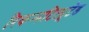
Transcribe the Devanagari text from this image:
रिकन्सटिट्यूटेड